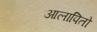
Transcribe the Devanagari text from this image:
आलापितो